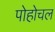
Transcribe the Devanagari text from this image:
पोहोचल